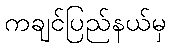
ကချင်ပြည်နယ်မှ